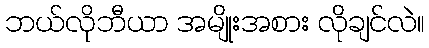
ဘယ်လိုဘီယာ အမျိုးအစား လိုချင်လဲ။